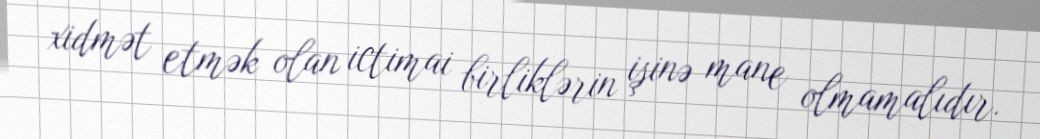
xidmət etmək olan ictimai birliklərin işinə mane olmamalıdır.